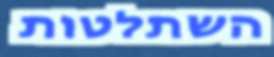
השתלטות